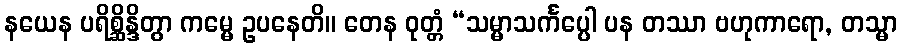
နယေန ပရိစ္ဆိန္ဒိတွာ ကမ္မေ ဥပနေတိ။ တေန ဝုတ္တံ “သမ္မာသင်္ကပ္ပေါ ပန တဿာ ဗဟုကာရော, တသ္မာ